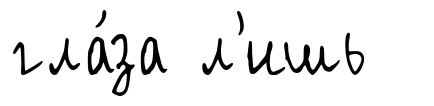
гла́за л'ишь